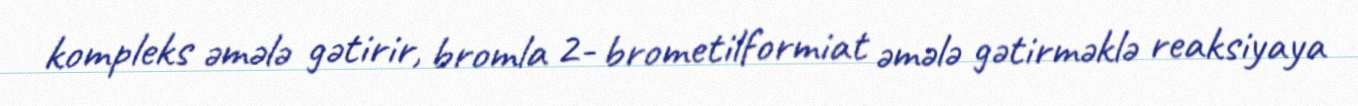
kompleks əmələ gətirir, bromla 2- brometilformiat əmələ gətirməklə reaksiyaya